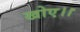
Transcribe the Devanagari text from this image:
खोए।।